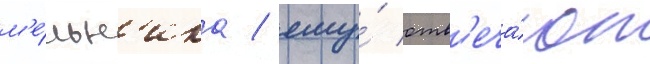
м'е́льн'ика / ему́ отв'еча́ют